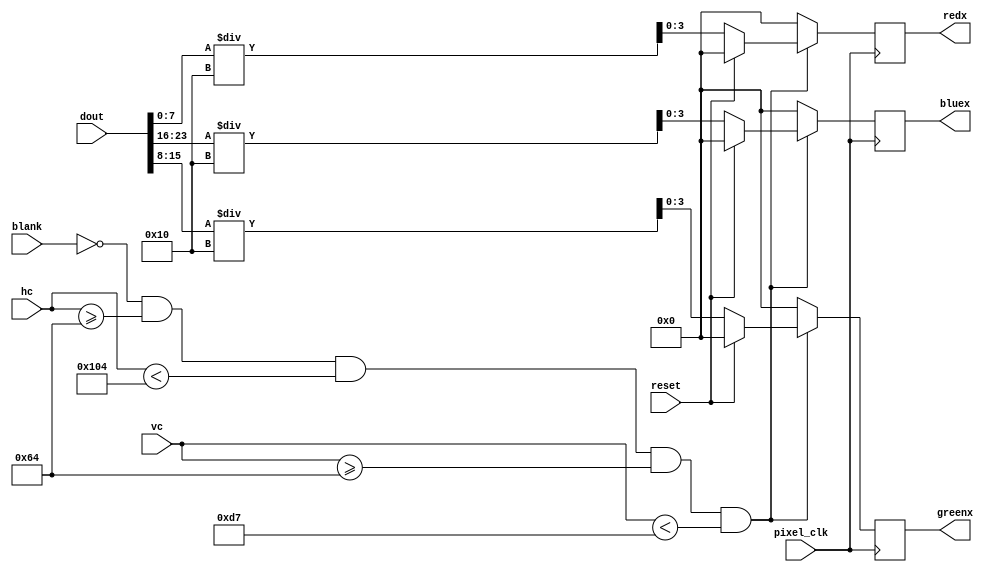
`timescale 1ns / 1ps
//////////////////////////////////////////////////////////////////////////////////
// Company: 
// Engineer: 
// 
// Design Name: 
// Module Name: pr_operation1
// Project Name: 
// Target Devices: 
// Tool Versions: 
// Description: 
// 
// Dependencies: 
// 
// Revision:
// Revision 0.01 - File Created
// Additional Comments:
// 
//////////////////////////////////////////////////////////////////////////////////


module pr_operation(pixel_clk,
    blank,hc,vc,dout,
    redx,greenx,bluex,reset
    );
    input pixel_clk;
    input blank;
    input [9:0] hc,vc;
    input [95:0] dout;
    input reset;
    
    reg [7:0] gray, left, right, up, down, leftup, leftdown, rightup, rightdown;       //different values in matrix
    reg[7:0] red_o, blue_o, green_o;            // variables used during calcultion
    reg [7:0] tred,tgreen,tblue;
    output reg [3:0] redx,greenx,bluex; 
    
    
    
 always @(posedge pixel_clk)
	begin		
            if(blank == 0 && hc >= 100 && hc < 260 && vc >= 100 && vc < 215)
            begin
              
                gray =  {dout[95], dout[94], dout[93], dout[92], dout[91], dout[90], dout[89], dout[88]};
                left = {dout[87], dout[86], dout[85], dout[84], dout[83], dout[82], dout[81], dout[80]};
                right = {dout[79], dout[78], dout[77], dout[76], dout[75], dout[74], dout[73], dout[72]};                                
                up =  {dout[71], dout[70], dout[69], dout[68], dout[67], dout[66], dout[65], dout[64]};
                down = {dout[63], dout[62], dout[61], dout[60], dout[59], dout[58], dout[57], dout[56]};
                leftup = {dout[55], dout[54], dout[53], dout[52], dout[51], dout[50], dout[49], dout[48]};
                leftdown =  {dout[47], dout[46], dout[45], dout[44], dout[43], dout[42], dout[41], dout[40]};
                rightup = {dout[39], dout[38], dout[37], dout[36], dout[35], dout[34], dout[33], dout[32]};
                rightdown = {dout[31], dout[30], dout[29], dout[28], dout[27], dout[26], dout[25], dout[24]};
                tblue =  {dout[23], dout[22], dout[21], dout[20], dout[19], dout[18], dout[17], dout[16]};
                tgreen = {dout[15], dout[14], dout[13], dout[12], dout[11], dout[10], dout[9], dout[8]};
                tred = {dout[7], dout[6], dout[5], dout[4], dout[3], dout[2], dout[1], dout[0]};
                
                

//            orginal image (parent)
                    if(reset) begin
                        redx = 0;
                        greenx = 0;
                        bluex = 0;
                    end
                    else begin
                        red_o = tred/16;
                        blue_o = tblue/16;
                        green_o = tgreen/16;
                        redx = {red_o[3],red_o[2], red_o[1], red_o[0]};
                        greenx = {green_o[3],green_o[2], green_o[1], green_o[0]};
                        bluex = {blue_o[3],blue_o[2], blue_o[1], blue_o[0]};
                                    
                    end


            end
            
            else
            begin
            
                redx = 0;
                greenx = 0;
                bluex = 0;
                
            end
        end    
endmodule